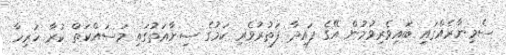
ސެމިނާރެއްގައި ބައިވެރިވުމުން އޭގެ ފައިދާ ފަތުރުވެރި ކަމުގެ ސިނާއަތުގައި މަސައްކަތް ކުރާ ހުރިހާ